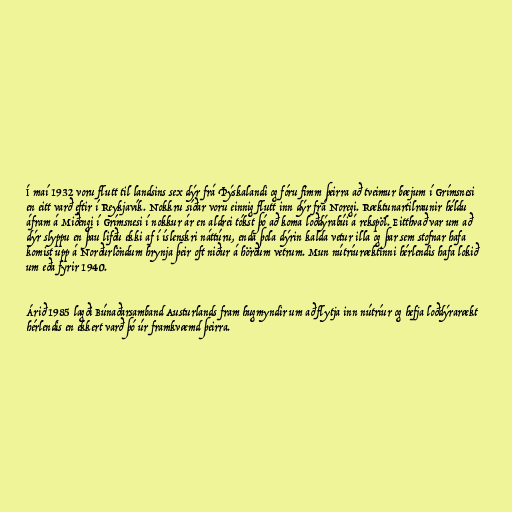
Í maí 1932 voru flutt til landsins sex dýr frá Þýskalandi og fóru fimm þeirra að tveimur bæjum í Grímsnesi
en eitt varð eftir í Reykjavík. Nokkru síðar voru einnig flutt inn dýr frá Noregi. Ræktunartilraunir héldu
áfram á Miðengi í Grímsnesi í nokkur ár en aldrei tókst þó að koma loðdýrabúi á rekspöl. Eitthvað var um að
dýr slyppu en þau lifðu ekki af í íslenskri náttúru, enda þola dýrin kalda vetur illa og þar sem stofnar hafa
komist upp á Norðurlöndum hrynja þeir oft niður á hörðum vetrum. Mun nútríuræktinni hérlendis hafa lokið
um eða fyrir 1940.

Árið 1985 lagði Búnaðarsamband Austurlands fram hugmyndir um að flytja inn nútríur og hefja loðdýrarækt
hérlendis en ekkert varð þó úr framkvæmd þeirra.